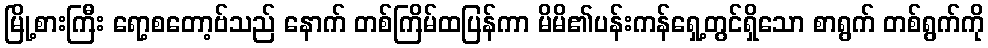
မြို့စားကြီး ရော့စတော့ဗ်သည် နောက် တစ်ကြိမ်ထပြန်ကာ မိမိ၏ပန်းကန်ရှေ့တွင်ရှိသော စာရွက် တစ်ရွက်ကို